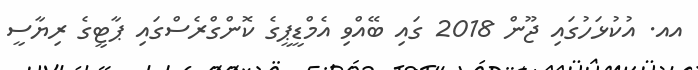
އއ. އުކުޅަހުގައި ޖޫން 2018 ގައި ބޭއްވި އެމްޑީޕީގެ ކޮންގްރެސްގައި ޕާޓީގެ ރިޔާސީ